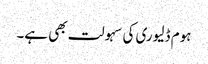
ہوم ڈلیوری کی سہولت بھی ہے۔